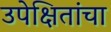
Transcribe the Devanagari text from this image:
उपेक्षितांचा